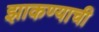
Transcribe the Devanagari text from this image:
झाकण्याची